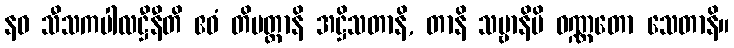
နဝ သီသကပါလဋ္ဌီနီတိ ဧဝံ တိမတ္တာနိ အဋ္ဌိသတာနိ, တာနိ သဗ္ဗာနိပိ ဝဏ္ဏတော သေတာနိ။